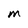
Character: M